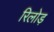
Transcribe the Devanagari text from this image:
रिलोड़